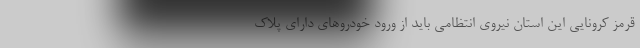
قرمز کرونایی این استان نیروی انتظامی باید از ورود خودروهای دارای پلاک